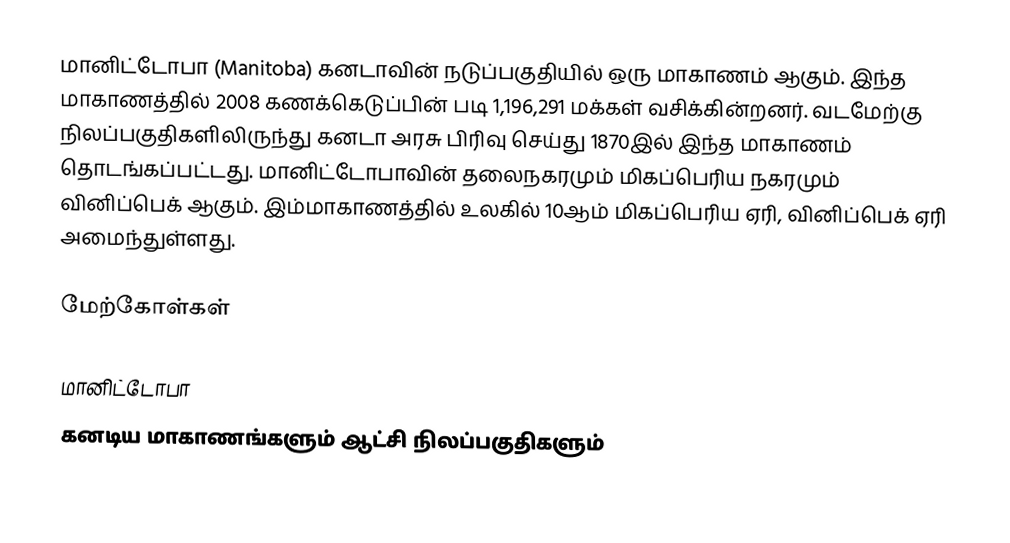
மானிட்டோபா (Manitoba) கனடாவின் நடுப்பகுதியில் ஒரு மாகாணம் ஆகும். இந்த மாகாணத்தில் 2008 கணக்கெடுப்பின் படி 1,196,291 மக்கள் வசிக்கின்றனர். வடமேற்கு நிலப்பகுதிகளிலிருந்து கனடா அரசு பிரிவு செய்து 1870இல் இந்த மாகாணம் தொடங்கப்பட்டது. மானிட்டோபாவின் தலைநகரமும் மிகப்பெரிய நகரமும் வினிப்பெக் ஆகும். இம்மாகாணத்தில் உலகில் 10ஆம் மிகப்பெரிய ஏரி, வினிப்பெக் ஏரி அமைந்துள்ளது.

மேற்கோள்கள்

மானிட்டோபா
கனடிய மாகாணங்களும் ஆட்சி நிலப்பகுதிகளும்